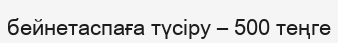
бейнетаспаға түсіру – 500 теңге